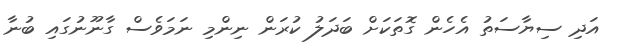
އަދި ސިޔާސަތު އެހެން ގޮތަކަށް ބަދަލު ކުރަން ނިންމި ނަމަވެސް ގާނޫނުގައި ބުނާ